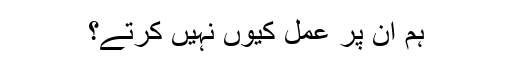
ہم ان پر عمل کیوں نہیں کرتے؟